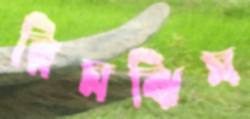
রিমঝিম